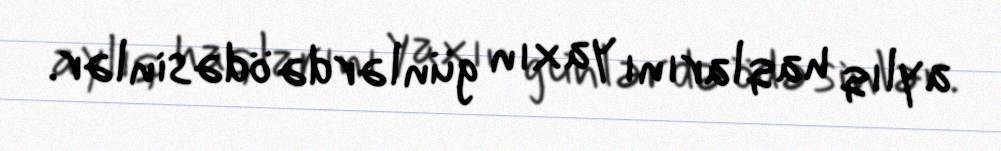
aylıq haqlarını yaxın günlərdə ödəsinlər.